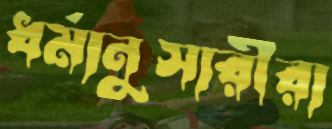
ধর্মানুসারীরা